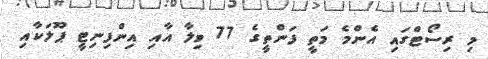
މި ރިސޯޓްގައި އެންމެ މަތީ ފަންތީގެ 77 ވިލާ އާއި އިންފިނިޓީ ޕޫލަކާއި